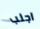
اجلب